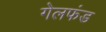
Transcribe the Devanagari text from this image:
गेलफंड